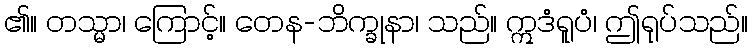
၏။ တသ္မာ၊ ကြောင့်။ တေန-ဘိက္ခုနာ၊ သည်။ ဣဒံရူပံ၊ ဤရုပ်သည်။